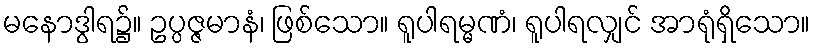
မနောဒွါရ၌။ ဥပ္ပဇ္ဇမာနံ၊ ဖြစ်သော။ ရူပါရမ္မဏံ၊ ရူပါရလျှင် အာရုံရှိသော။